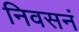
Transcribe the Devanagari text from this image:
निवसनं